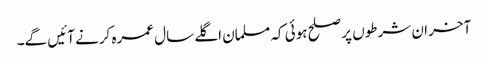
آخر ان شرطوں پر صلح ہوئی کہ مسلمان اگلے سال عمرہ کرنے آئیں گے۔